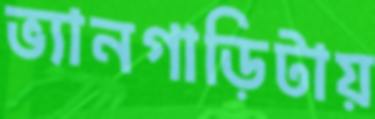
ভ্যানগাড়িটায়